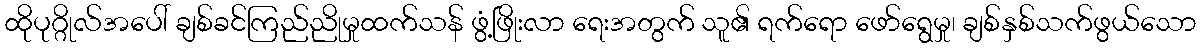
ထိုပုဂ္ဂိုလ်အပေါ် ချစ်ခင်ကြည်ညိုမှုထက်သန် ဖွံ့ဖြိုးလာ ရေးအတွက် သူ၏ ရက်ရော ဖော်ရွေမှု၊ ချစ်နှစ်သက်ဖွယ်သော